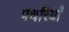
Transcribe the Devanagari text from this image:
पथरियाँ